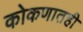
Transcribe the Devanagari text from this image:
कोकणातही